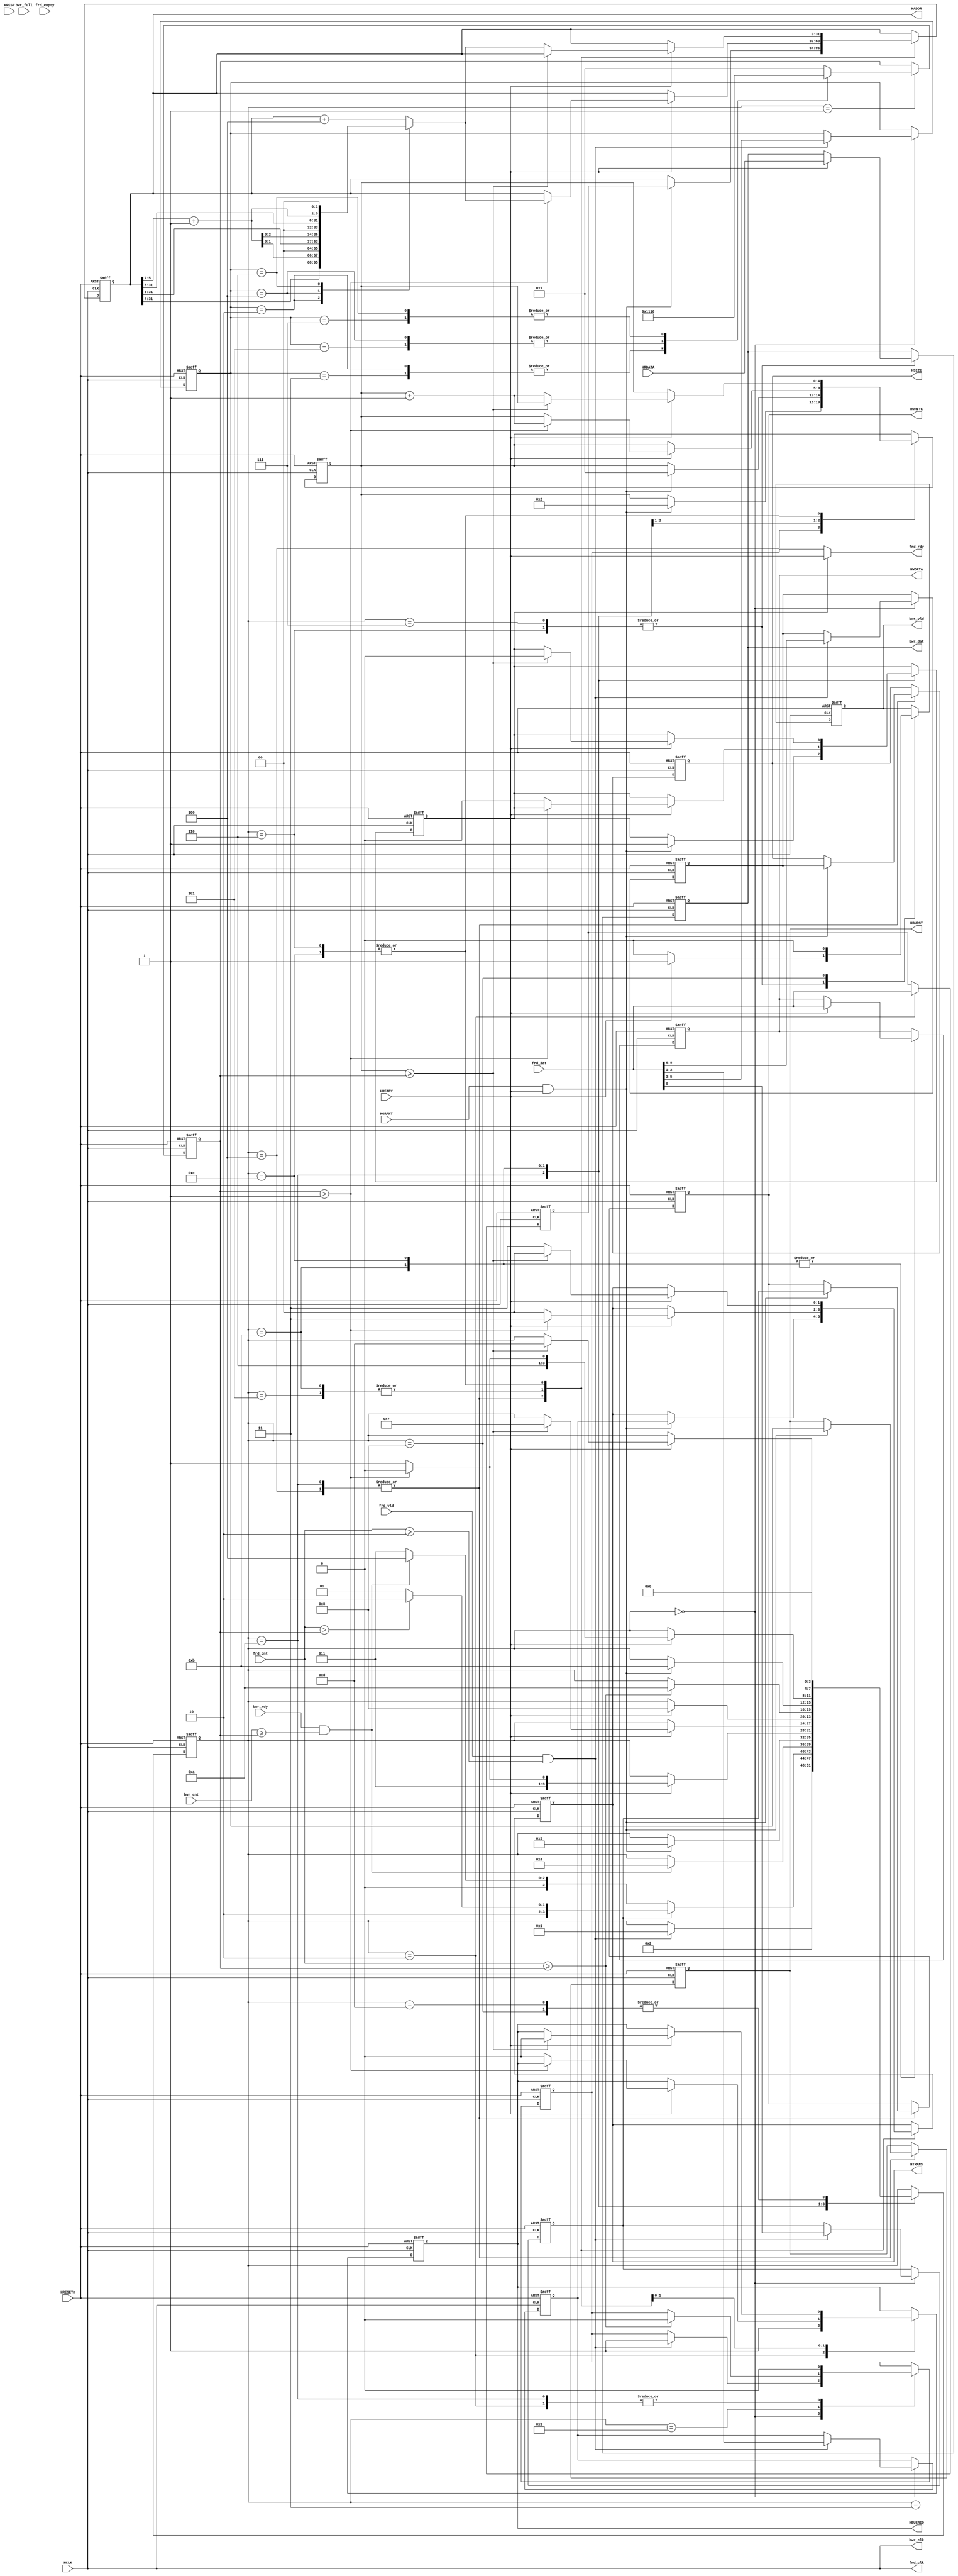
//----------------------------------------------------------------
//  Copyright (c) 2010-2012 by Ando Ki.
//  All right reserved.
//----------------------------------------------------------------
// AHB Master from synchronous FIFO
//----------------------------------------------------------------
// VERSION: 2012.02.17.
//----------------------------------------------------------------
// Macros and parameters:
//----------------------------------------------------------------
// Note:
//----------------------------------------------------------------
// Signal naming convention:
//    * forward: address and control information comes in
//    * bakward: data information goes out
//    * frd_ : forward and fifo-read
//    * bwr_ : backward and fifo-write
//----------------------------------------------------------------
`timescale 1ns/1ns

module ahb2ahb_master_core
       #(parameter FIFO_AW=5)
(
   //----------------------------------------------------
   // AHB master port
     input   wire        HRESETn
   , input   wire        HCLK
   , output  reg         HBUSREQ
   , input   wire        HGRANT
   , output  reg  [31:0] HADDR
   , output  reg  [ 1:0] HTRANS
   , output  reg         HWRITE
   , output  reg  [2:0]  HSIZE
   , output  reg  [2:0]  HBURST
   , output  reg  [31:0] HWDATA  
   , input   wire [31:0] HRDATA
   , input   wire [ 1:0] HRESP
   , input   wire        HREADY
   //----------------------------------------------------
   // FIFO forward port: address related
   , output  wire             frd_clk
   , output  wire             frd_rdy
   , input   wire             frd_vld
   , input   wire [31:0]      frd_dat
   , input   wire             frd_empty
   , input   wire [FIFO_AW:0] frd_cnt
   //----------------------------------------------------
   // FIFO backward port: data related
   , output  wire             bwr_clk
   , input   wire             bwr_rdy
   , output  reg              bwr_vld
   , output  reg  [31:0]      bwr_dat
   , input   wire             bwr_full
   , input   wire [FIFO_AW:0] bwr_cnt
);
   //----------------------------------------------------
   assign frd_clk   = HCLK;
   assign bwr_clk   = HCLK;
   //----------------------------------------------------
   reg [31:0] T_ADDR;
   reg        T_WRITE;
   reg [ 1:0] T_TRANS;
   reg [ 2:0] T_SIZE;
   reg [ 2:0] T_BURST;
   reg [ 4:0] T_LENG;
   reg [ 4:0] counter;
   reg        frd_rdy_gate;
   reg        frd_rdy_loc;
   // synthesis translate_off
   reg        check_resp=1'b0;
   // synthesis translate_on
   //----------------------------------------------------
   assign frd_rdy = (frd_rdy_gate) ? HREADY : frd_rdy_loc;
   //----------------------------------------------------
   reg [3:0] state;
   localparam STH_IDLE      = 'h0,
              STH_GET_ADDR0 = 'h1,
              STH_GET_ADDR1 = 'h2,
              STH_READ_WAIT = 'h3,
              STH_READ_ARB  = 'h4,
              STH_READ0     = 'h5,
              STH_READ1     = 'h6,
              STH_READ2     = 'h7,
              STH_READ3     = 'h8,
              STH_WRITE_WAIT= 'h9,
              STH_WRITE_ARB = 'hA,
              STH_WRITE0    = 'hB,
              STH_WRITE1    = 'hC,
              STH_WRITE2    = 'hD;
   always @ (posedge HCLK or negedge HRESETn) begin
       if (HRESETn==0) begin
           HBUSREQ  <= 1'b0;
           HADDR    <= ~32'h0;
           HTRANS   <= 2'h0;
           HWRITE   <= 1'b0;
           HSIZE    <= 3'h0;
           HBURST   <= 3'h0;
           HWDATA   <= 32'h0;
           frd_rdy_gate <= 1'b0;
           frd_rdy_loc  <= 1'b0;
           bwr_vld  <= 1'b0;
           bwr_dat  <= 32'h0;
           counter  <= 'h0;
           T_ADDR   <= 23'h0;
           T_WRITE  <= 1'b0;
           T_TRANS  <= 2'b0;
           T_SIZE   <= 3'b0;
           T_BURST  <= 3'b0;
           T_LENG   <= 5'h0;
           // synthesis translate_off
           check_resp <=1'b0;
           // synthesis translate_on
           state      <= STH_IDLE;
       end else begin // if (HRESETn==0) begin
           case (state)
           STH_IDLE: begin
                if (frd_vld&(frd_cnt>=2)) begin
                   {T_SIZE,T_BURST,T_TRANS,T_WRITE} <= frd_dat;
                   frd_rdy_loc <= 1'b1;
                   state   <= STH_GET_ADDR0;
                end
                // synthesis translate_off
                if (HREADY&&check_resp) begin
                    check_resp <= 1'b0;
                    if (HRESP!=2'b00) $display($time,,"%m ERROR non-OK response");
                end
                // synthesis translate_on
                end // STH_IDLE
           STH_GET_ADDR0: begin
                T_LENG <= burst_leng(T_BURST);
                state  <= STH_GET_ADDR1;
                end // STH_IDLE
           STH_GET_ADDR1: begin
                T_ADDR   <= frd_dat;
                HBUSREQ  <= 1'b1;
                if (T_WRITE) begin
                    if (frd_cnt>T_LENG) begin
                        // since frd_cnt counts address as well
                        frd_rdy_loc  <= 1'b0;
                        state    <= STH_WRITE_ARB;
                    end else begin
                        frd_rdy_loc  <= 1'b0;
                        state    <= STH_WRITE_WAIT;
                    end
                end else begin
                    frd_rdy_loc  <= 1'b0;
                    if (bwr_rdy&(bwr_cnt>=T_LENG)) begin
                        state    <= STH_READ_ARB;
                    end else begin
                        state   <= STH_READ_WAIT;
                    end
                end
                end // STH_IDLE
           STH_READ_WAIT: begin
                if (bwr_rdy&(bwr_cnt>=T_LENG)) begin
                    state   <= STH_READ_ARB;
                end
                end // STH_READ_WAIT
           STH_READ_ARB: begin
                if (HGRANT&&HREADY) begin
                      HADDR   <= T_ADDR;
                      HWRITE  <= T_WRITE;
                      HTRANS  <= T_TRANS; // should be 2'b10 NON_SEQ
                      HBURST  <= T_BURST;
                      HSIZE   <= T_SIZE;
                      counter <= 2;
                      state   <= STH_READ0;
                      // synopsys translate_off
                      `ifdef RIGOR
                      if (T_TRANS!=2'b10) $display($time,,"%m: ERROR HTRANS is not NON_SEQ");
                      `endif
                      // synopsys translate_on
                end
                end // STH_READ_ARB
           STH_READ0: begin
                if (HREADY) begin
                    if (T_LENG>1) begin
                       HADDR   <= get_next_haddr(HADDR,T_BURST);
                       HTRANS  <= 2'b11; // SEQ
                       state   <= STH_READ1;
                    end else begin
                       HBUSREQ <= 1'b0;
                       HTRANS  <= 2'b00; // IDLE
                       state   <= STH_READ2;
                    end
                end
                end // STH_READ0
           STH_READ1: begin
                if (HREADY) begin
                    bwr_vld <= 1'b1;
                    bwr_dat <= HRDATA;
                    if (counter>=T_LENG) begin
                       HBUSREQ <= 1'b0;
                       HTRANS  <= 2'b00; // IDLE
                       state   <= STH_READ2;
                    end else begin
                       HADDR   <= get_next_haddr(HADDR,T_BURST);
                       HTRANS  <= 2'b11; // SEQ
                       counter <= counter + 1;
                    end
                    // synthesis translate_off
                    if (HRESP!=2'b00) $display($time,,"%m ERROR non-OK response");
                    // synthesis translate_on
                end else begin
                    bwr_vld <= 1'b0;
                end
                end // STH_READ1
           STH_READ2: begin
                if (HREADY) begin
                    bwr_vld <= 1'b1;
                    bwr_dat <= HRDATA;
                    state   <= STH_READ3;
                    // synthesis translate_off
                    if (HRESP!=2'b00) $display($time,,"%m ERROR non-OK response");
                    // synthesis translate_on
                end else begin
                    bwr_vld <= 1'b0;
                end
                end // STH_READ2
           STH_READ3: begin
                bwr_vld <= 1'b0;
                state   <= STH_IDLE;
                // synthesis translate_off
                check_resp <= 1'b0;
                // synthesis translate_on
                end // STH_READ3
           STH_WRITE_WAIT: begin
                //if (frd_cnt>T_LENG) begin 2010.01.07.
                if (frd_cnt>=T_LENG) begin
                        // it waits data only
                        frd_rdy_loc  <= 1'b0;
                        state    <= STH_WRITE_ARB;
                end
                end // STH_WRITE_WAIT
           STH_WRITE_ARB: begin // A (10)
                frd_rdy_loc  <= 1'b0;
                if (HGRANT&&HREADY) begin
                      HADDR   <= T_ADDR;
                      HWRITE  <= T_WRITE;
                      HTRANS  <= T_TRANS; // should be 2'b10 NON_SEQ
                      HBURST  <= T_BURST;
                      HSIZE   <= T_SIZE;
                      counter <= 1;
                      frd_rdy_gate <= 1'b1;
                      state   <= STH_WRITE0;
                      // synopsys translate_off
                      `ifdef RIGOR
                      if (T_TRANS!=2'b10) $display($time,,"%m: ERROR HTRANS is not NON_SEQ");
                      `endif
                      // synopsys translate_on
                end
                end // STH_READ_ARB
           STH_WRITE0: begin // B (11)
                   if (HREADY) begin
                      HWDATA   <= frd_dat;
                      if (T_LENG>1) begin
                          HADDR    <= get_next_haddr(HADDR,T_BURST);
                          HTRANS   <= 2'b11; // NON-SEQ
                          counter  <= counter + 1;
                          state    <= STH_WRITE1;
                      end else begin
                          HBUSREQ  <= 1'b0;
                          HTRANS   <= 2'b00; // IDLE
                          frd_rdy_gate <= 1'b0;
                          state    <= STH_WRITE2;
                      end
                   end
                end // STH_WDATA0
           STH_WRITE1: begin // C (12)
                if (HREADY) begin
                    HWDATA   <= frd_dat;
                    if (counter>=T_LENG) begin
                       HBUSREQ <= 1'b0;
                       HTRANS  <= 2'b00; // IDLE
                       frd_rdy_gate <= 1'b0;
                       state   <= STH_WRITE2;
                    end else begin
                       HADDR   <= get_next_haddr(HADDR,T_BURST);
                       HTRANS  <= 2'b11; // SEQ
                       counter <= counter + 1;
                    end
                    // synthesis translate_off
                    if (HRESP!=2'b00) $display($time,,"%m ERROR non-OK response");
                    // synthesis translate_on
                end
                end // STH_WDATA1
           STH_WRITE2: begin // 0xD (13)
                state   <= STH_IDLE;
                // synthesis translate_off
                check_resp <= 1'b1;
                // synthesis translate_on
                end // STH_WRITE2
           endcase // state
       end // if (HRESETn==0)
   end // always
   //-----------------------------------------------------
   function [4:0] burst_leng;
        input [2:0] burst;
   begin
        case (burst)
        3'b010, 3'b011:  burst_leng = 5'h04;  // increment & wrap 4
        3'b100, 3'b101:  burst_leng = 5'h08;  // increment & wrap8
        3'b110, 3'b111:  burst_leng = 5'h10;  // increment & wrap16
        default: burst_leng = 5'h01;  // all other
        endcase
   end
   endfunction
   //-----------------------------------------------------
   function [31:0] get_next_haddr;
       input [31:0] haddr;
       input [ 2:0] burst;
       reg   [ 3:0] wrap;
   begin
       wrap = haddr[5:2]+1;
       case (burst)
       3'b010:  get_next_haddr = {haddr[31:4],wrap[1:0],2'b0};  // wrap 4
       3'b100:  get_next_haddr = {haddr[31:5],wrap[2:0],2'b0};  // wrap 8
       3'b110:  get_next_haddr = {haddr[31:6],wrap[3:0],2'b0};  // wrap 16
       default: get_next_haddr = haddr + 4;
       endcase
   end
   endfunction

endmodule

//----------------------------------------------------------------
// Revision History
//
// 2012.02.17.: timescale & include
//              'check_resp' added in order to check HRESP.
// 2010.01.07.: Starting based on ahb2ahb_asm_master_core.v
//              by Ando Ki (adki@dynalith.com)
//----------------------------------------------------------------